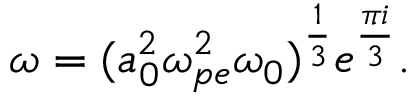
\omega = ( a _ { 0 } ^ { 2 } \omega _ { p e } ^ { 2 } \omega _ { 0 } ) ^ { \frac { 1 } { 3 } } e ^ { \frac { \pi i } { 3 } } .